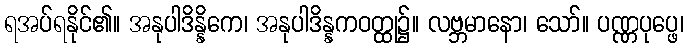
ရအပ်ရနိုင်၏။ အနုပါဒိန္နိကေ၊ အနုပါဒိန္နကဝတ္ထု၌။ လဗ္ဘမာနော၊ သော်။ ပဏ္ဏပုပ္ဖေ၊